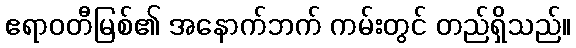
ဧရာဝတီမြစ်၏ အနောက်ဘက် ကမ်းတွင် တည်ရှိသည်။